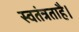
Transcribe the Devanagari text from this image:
स्वतंत्रताहै।